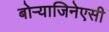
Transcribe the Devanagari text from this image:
बोऱ्याजिनेएसी